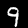
Label: 9